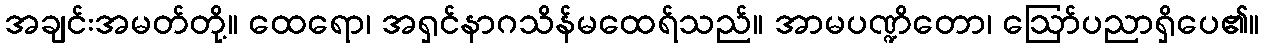
အချင်းအမတ်တို့။ ထေရော၊ အရှင်နာဂသိန်မထေရ်သည်။ အာမပဏ္ဍိတော၊ ဩော်ပညာရှိပေ၏။